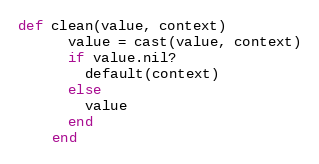
Language: Ruby
def clean(value, context)
      value = cast(value, context)
      if value.nil?
        default(context)
      else
        value
      end
    end